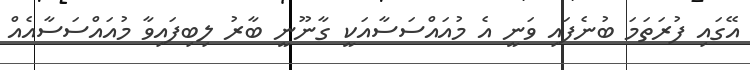
އޭގައި ފުރަތަމަ ބުނެފައި ވަނީ އެ މުއައްސަސާއަކީ ގާނޫނީ ބާރު ލިބިފައިވާ މުއައްސަސާއެއް